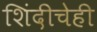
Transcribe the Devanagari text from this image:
शिंदीचेही